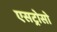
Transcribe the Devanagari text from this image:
एसट्रोसो